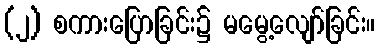
(၂) စကားပြောခြင်း၌ မမွေ့လျော်ခြင်း။